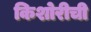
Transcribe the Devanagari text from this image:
किशोरीची